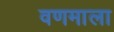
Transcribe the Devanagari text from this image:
वणमाला